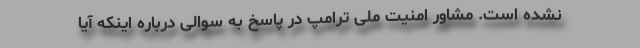
نشده است. مشاور امنیت ملی ترامپ در پاسخ به سوالی درباره اینکه آیا